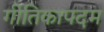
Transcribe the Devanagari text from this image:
गीतिकापदम